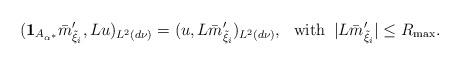
LaTeX: \begin{align*}(\mathbf 1_{A_{\alpha^*}}\bar{m}_{\tilde\xi_i}',L u)_{L^2(d\nu)}=(u,L\bar{m}_{\tilde\xi_i}')_{L^2(d\nu)},\,\,\,\,{\rm with}\,\,\, |L\bar{m}_{\tilde\xi_i}'|\leq R_{\max}.\end{align*}